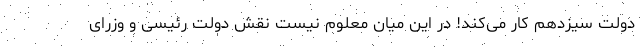
دولت سیزدهم کار می‌کند! در این میان معلوم نیست نقش دولت رئیسی و وزرای